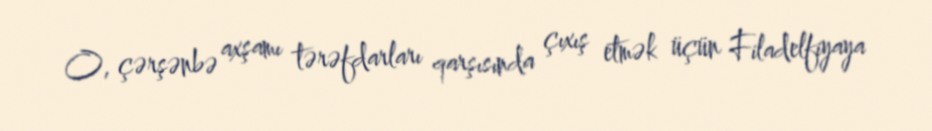
O, çərşənbə axşamı tərəfdarları qarşısında çıxış etmək üçün Filadelfiyaya